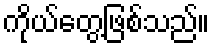
ကိုယ်တွေ့ဖြစ်သည်။